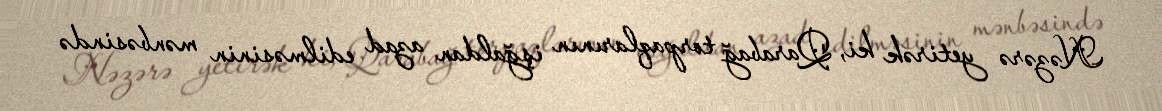
Nəzərə yetirək ki, Qarabağ torpaqlarının işğaldan azad edilməsinin mənbəsində